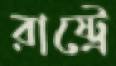
রাষ্ট্রে